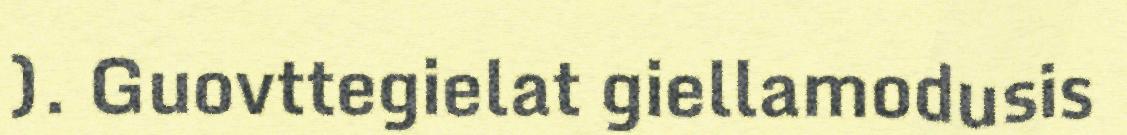
). Guovttegielat giellamodusis